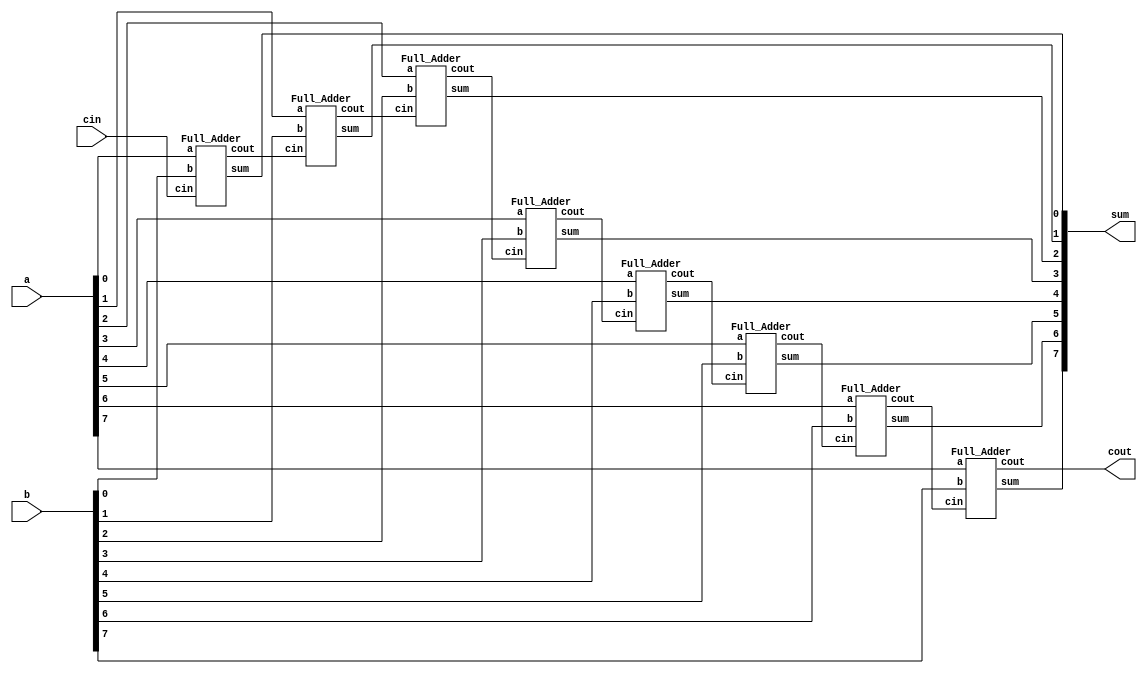
`timescale 1ns/1ps

module Ripple_Carry_Adder(a, b, cin, cout, sum);
input [8-1:0] a, b;
input cin;
output cout;
output [8-1:0] sum;
wire [7-1:0] c;
Full_Adder fa0(a[0], b[0], cin, c[0], sum[0]);
Full_Adder fa1(a[1], b[1], c[0], c[1], sum[1]);
Full_Adder fa2(a[2], b[2], c[1], c[2], sum[2]);
Full_Adder fa3(a[3], b[3], c[2], c[3], sum[3]);
Full_Adder fa4(a[4], b[4], c[3], c[4], sum[4]);
Full_Adder fa5(a[5], b[5], c[4], c[5], sum[5]);
Full_Adder fa6(a[6], b[6], c[5], c[6], sum[6]);
Full_Adder fa7(a[7], b[7], c[6], cout, sum[7]);
endmodule



module Full_Adder (a, b, cin, cout, sum);
input a, b, cin;
output cout, sum;
wire temp;
//sum = a xor b xor cin
Xor_gate o0(temp, a, b);
Xor_gate o1(sum, temp, cin);
//cout = ab + bc + ac
Majority m0(a, b, cin, cout);
endmodule

module Majority(a, b, c, out);
input a, b, c;
output out;
wire a_and_b, b_and_c, a_and_c;
wire ab_or_ac;
And_gate a0(a_and_b, a, b);
And_gate a1(b_and_c, b, c);
And_gate a2(a_and_c, a, c);
Or_gate o0(ab_or_ac, a_and_b, a_and_c);
Or_gate o1(out, ab_or_ac, b_and_c);
endmodule

module Not_gate(out, in);
input in;
output out;
nand n0(out, in, in);
endmodule

module Or_gate(out, in1, in2);
input in1, in2;
output out;
wire n_in1, n_in2;
Not_gate n0(n_in1, in1);
Not_gate n1(n_in2, in2);
nand n2(out, n_in1, n_in2);
endmodule

module And_gate(out, in1, in2);
input in1, in2;
output out;
wire n_in1, n_in2;
wire n_in1_Or_n_in2;
Not_gate n0(n_in1, in1);
Not_gate n1(n_in2, in2);
Or_gate o0(n_in1_Or_n_in2, n_in1, n_in2);
Not_gate n2(out, n_in1_Or_n_in2);
endmodule

module Xor_gate(out, in1, in2);
input in1, in2;
output out;
wire n_in1, n_in2;
wire nin1_in2, in1_nin2;
Not_gate n4(n_in1, in1);
Not_gate n5(n_in2, in2);

And_gate an1(nin1_in2, n_in1, in2);
And_gate an2(in1_nin2, in1, n_in2);
Or_gate o1(out, nin1_in2, in1_nin2);

endmodule